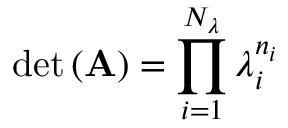
\operatorname* { d e t } \left( \mathbf { A } \right) = \prod _ { i = 1 } ^ { N _ { \lambda } } { \lambda _ { i } ^ { n _ { i } } }